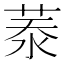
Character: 𦲑